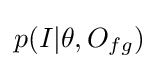
p(I|\theta ,O_{fg})